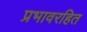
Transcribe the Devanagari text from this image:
प्रभावरहित